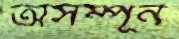
অসম্পূর্ন